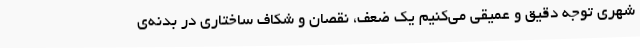
شهری توجه دقیق و عمیقی می‌کنیم یک ضعف، نقصان و شکاف ساختاری در بدنه‌ی